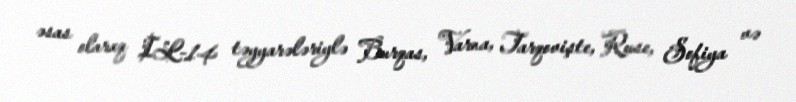
əsas olaraq IL-14 təyyarələriylə Burqas, Varna, Tarqovişte, Ruse, Sofiya və